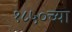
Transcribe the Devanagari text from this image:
१८५०च्या